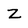
Character: Z